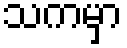
သကမှာ